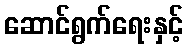
ဆောင်ရွက်ရေးနှင့်